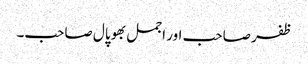
ظفر صاحب اور اجمل بھوپال صاحب۔